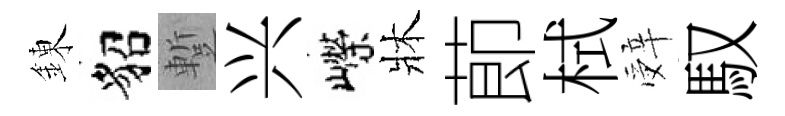
錬貂蹔兴嶸牀莭栻辤馭